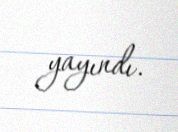
yayındı.